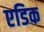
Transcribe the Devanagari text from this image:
एडिक